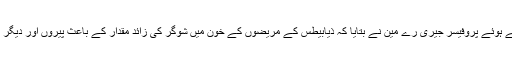
ذیابیطس کے باعث پیروں کو لاحق ہونے والی بیماری کے بارے میں بتاتے ہوئے پروفیسر جیری رے مین نے بتایا کہ ذیابیطس کے مریضوں کے خون میں شوگر کی زائد مقدار کے باعث پیروں اور دیگر بیرونی اعضاء میں محسوس کرنے والے اعصاب کام کرنا چھوڑ دیتے ہیں۔